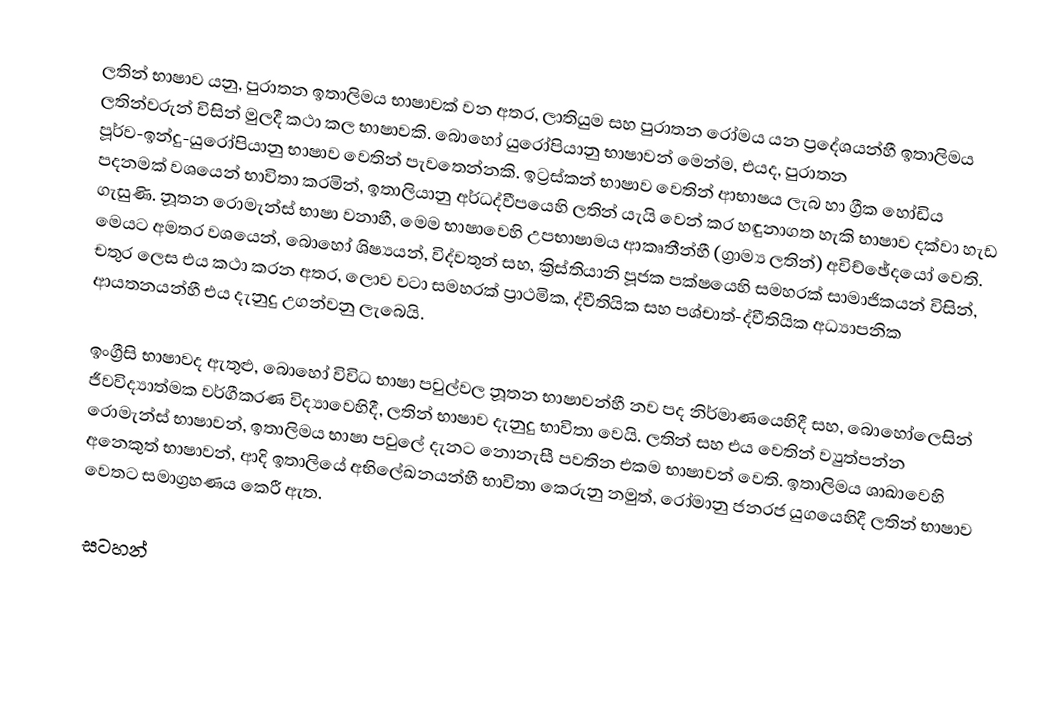
ලතින් භාෂාව යනු,  පුරාතන ඉතාලිමය භාෂාවක් වන අතර,  ලාතියුම සහ පුරාතන රෝමය යන ප්‍රදේශයන්හී ඉතාලිමය ලතින්වරුන්  විසින් මුලදී කථා කල භාෂාවකි. බොහෝ යුරෝපියානු භාෂාවන් මෙන්ම, එයද, පුරාතන පූර්ව-ඉන්දු-යුරෝපියානු භාෂාව වෙතින් පැවතෙන්නකි. ඉට්‍රස්කන් භාෂාව වෙතින් ආභාෂය ලැබ හා ග්‍රීක හෝඩිය පදනමක් වශයෙන් භාවිතා කරමින්, ඉතාලියානු අර්ධද්වීපයෙහි ලතින් යැයි වෙන් කර හඳුනාගත හැකි භාෂාව දක්වා හැඩ ගැසුණි. නූතන රොමැන්ස් භාෂා වනාහී, මෙම භාෂාවෙහි උපභාෂාමය ආකෘතීන්හී (ග්‍රාම්‍ය ලතින්) අවිච්ඡේදයෝ වෙති. මෙයට අමතර වශයෙන්, බොහෝ ශිෂ්‍යයන්, විද්වතුන් සහ, ක්‍රිස්තියානි පූජක පක්ෂයෙහි සමහරක් සාමාජිකයන් විසින්, චතුර ලෙස එය කථා කරන අතර, ලොව වටා සමහරක් ප්‍රාථමික, ද්වීතියික සහ පශ්චාත්-ද්වීතියික අධ්‍යාපනික ආයතනයන්හී එය දැනුදු උගන්වනු ලැබෙයි.

ඉංග්‍රීසි භාෂාවද ඇතුළු, බොහෝ විවිධ භාෂා පවුල්වල නූතන භාෂාවන්හී නව පද නිර්මාණයෙහිදී සහ, බොහෝලෙසින් ජීවවිද්‍යාත්මක වර්ගීකරණ විද්‍යාවෙහිදී, ලතින් භාෂාව දැනුදු භාවිතා වෙයි. ලතින් සහ එය වෙතින් ව්‍යුත්පන්න රොමැන්ස් භාෂාවන්, ඉතාලිමය භාෂා පවුලේ දැනට නොනැසී පවතින එකම භාෂාවන් වෙති. ඉතාලිමය ශාඛාවෙහි අනෙකුත් භාෂාවන්, ආදි ඉතාලියේ අභිලේඛනයන්හී භාවිතා කෙරුනු නමුත්,  රෝමානු ජනරජ යුගයෙහිදී ලතින් භාෂාව වෙතට සමාග්‍රහණය කෙරී ඇත.

සටහන්